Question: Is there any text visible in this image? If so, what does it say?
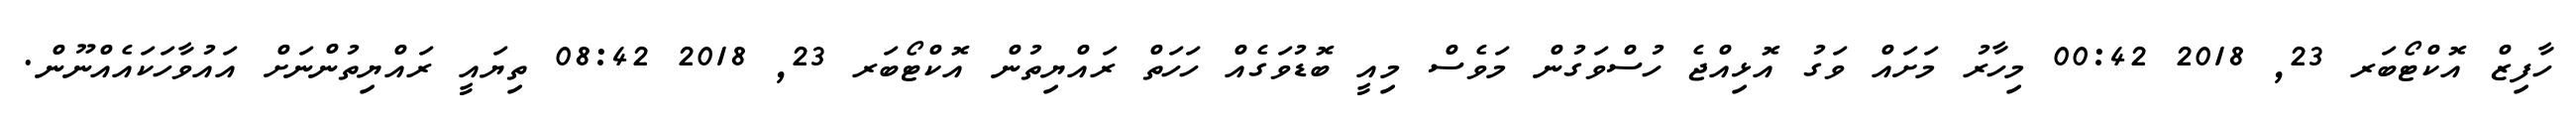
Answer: ހާފިޒް އޮކްޓޯބަރ 23, 2018 00:42 މިހާރު މަށައް ވަގު އޮޅިއްޖެ ހުސްވަގުން މަވެސް މިއީ ބޮޑުވަގެއް ހަހަތް ރައްޔިތުން އޮކްޓޯބަރ 23, 2018 08:42 ތިޔައީ ރައްޔިތުންނަށް އައުވާހަކައެއްނޫން.